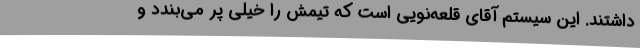
داشتند. این سیستم آقای قلعه‌نویی است که تیمش را خیلی پر می‌بندد و